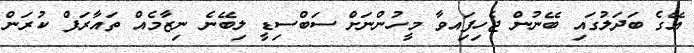
އޭގެ ބަދަލުގައި ބޭނުން ޖެހިފަިއވާ މީހުންނަށް ސަބްސިޑީ ލިބޭނެ ނިޒާމެއް ތައާރަފް ކުރަން